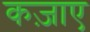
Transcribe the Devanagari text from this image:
कज़ाए